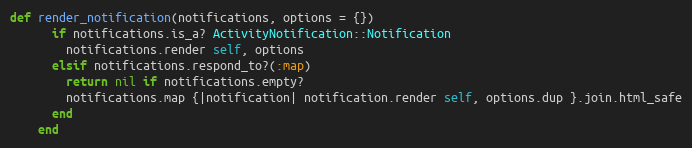
Language: Ruby
def render_notification(notifications, options = {})
      if notifications.is_a? ActivityNotification::Notification
        notifications.render self, options
      elsif notifications.respond_to?(:map)
        return nil if notifications.empty?
        notifications.map {|notification| notification.render self, options.dup }.join.html_safe
      end
    end